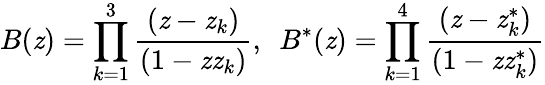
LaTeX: B(\mathit{z})=\prod_{k=1}^{3}{\frac{{(\mathit{z}-\mathit{z}_{k})}}{{(1-\mathit{z}\mathit{z}_{k})}}},~~B^{*}(\mathit{z})=\prod_{k=1}^{4}{\frac{{(\mathit{z}-\mathit{z}_{k}^{*})}}{{(1-\mathit{z}\mathit{z}_{k}^{*})}}}